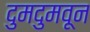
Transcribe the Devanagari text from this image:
दुमदुमवून